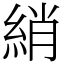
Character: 綃